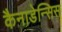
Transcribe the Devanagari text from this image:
कैनाडेन्सिस